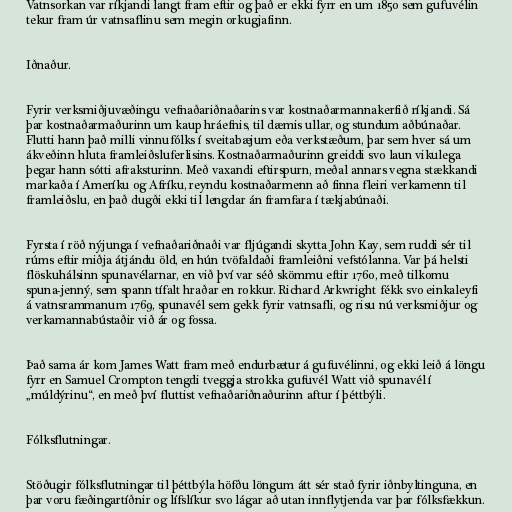
Vatnsorkan var ríkjandi langt fram eftir og það er ekki fyrr en um 1850 sem gufuvélin
tekur fram úr vatnsaflinu sem megin orkugjafinn.

Iðnaður.

Fyrir verksmiðjuvæðingu vefnaðariðnaðarins var kostnaðarmannakerfið ríkjandi. Sá
þar kostnaðarmaðurinn um kaup hráefnis, til dæmis ullar, og stundum aðbúnaðar.
Flutti hann það milli vinnufólks í sveitabæjum eða verkstæðum, þar sem hver sá um
ákveðinn hluta framleiðsluferlisins. Kostnaðarmaðurinn greiddi svo laun vikulega
þegar hann sótti afraksturinn. Með vaxandi eftirspurn, meðal annars vegna stækkandi
markaða í Ameríku og Afríku, reyndu kostnaðarmenn að finna fleiri verkamenn til
framleiðslu, en það dugði ekki til lengdar án framfara í tækjabúnaði.

Fyrsta í röð nýjunga í vefnaðariðnaði var fljúgandi skytta John Kay, sem ruddi sér til
rúms eftir miðja átjándu öld, en hún tvöfaldaði framleiðni vefstólanna. Var þá helsti
flöskuhálsinn spunavélarnar, en við því var séð skömmu eftir 1760, með tilkomu
spuna-jenný, sem spann tífalt hraðar en rokkur. Richard Arkwright fékk svo einkaleyfi
á vatnsrammanum 1769, spunavél sem gekk fyrir vatnsafli, og risu nú verksmiðjur og
verkamannabústaðir við ár og fossa.

Það sama ár kom James Watt fram með endurbætur á gufuvélinni, og ekki leið á löngu
fyrr en Samuel Crompton tengdi tveggja strokka gufuvél Watt við spunavél í
„múldýrinu“, en með því fluttist vefnaðariðnaðurinn aftur í þéttbýli.

Fólksflutningar.

Stöðugir fólksflutningar til þéttbýla höfðu löngum átt sér stað fyrir iðnbyltinguna, en
þar voru fæðingartíðnir og lífslíkur svo lágar að utan innflytjenda var þar fólksfækkun.